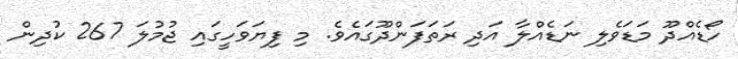
ހޯޑެއްދޫ މަޑަވެލި ނަޑެއްލާ އަދި ރަތަފަންދޫގައެވެ. މި ފިޔަވަހީގައި ޖުމުލަ 267 ކުދިން